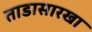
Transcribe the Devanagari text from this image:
ताडासारखा